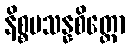
နိစ္စပသန္နစိတ္တော